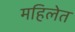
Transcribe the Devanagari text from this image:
महिलेत